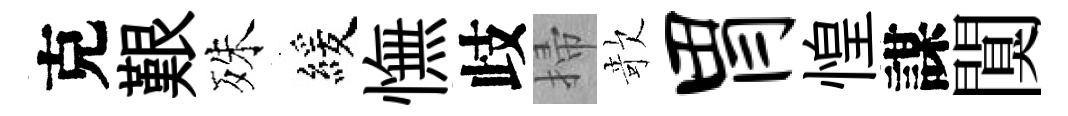
克艱殊緩憮歧掃欹胃惶謀闃